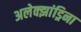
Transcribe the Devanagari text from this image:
अलेक्झांड्रिना